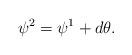
LaTeX: \begin{align*}\psi^2=\psi^1+d\theta.\end{align*}